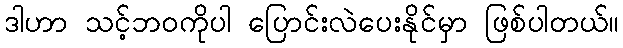
ဒါဟာ သင့်ဘဝကိုပါ ပြောင်းလဲပေးနိုင်မှာ ဖြစ်ပါတယ်။